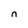
Character: n